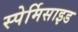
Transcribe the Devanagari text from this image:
स्पेर्मिसाइड